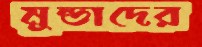
মুন্ডাদের